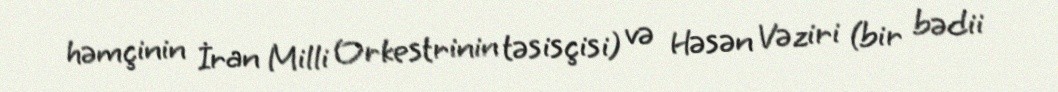
həmçinin İran Milli Orkestrinin təsisçisi) və Həsən Vəziri (bir bədii